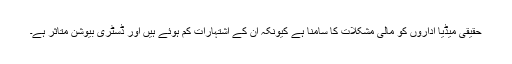
حقیقی میڈیا اداروں کو مالی مشکلات کا سامنا ہے کیونکہ ان کے اشتہارات کم ہوئے ہیں اور ڈسٹری بیوشن متاثر ہے۔